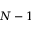
N - 1